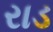
રાડ